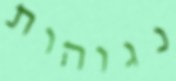
נגוהות